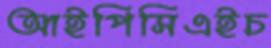
আইপিসিএইচ